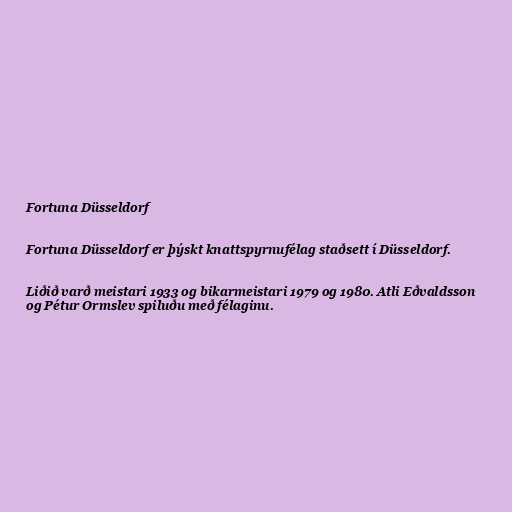
Fortuna Düsseldorf

Fortuna Düsseldorf er þýskt knattspyrnufélag staðsett í Düsseldorf.

Liðið varð meistari 1933 og bikarmeistari 1979 og 1980. Atli Eðvaldsson
og Pétur Ormslev spiluðu með félaginu.